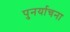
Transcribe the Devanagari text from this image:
पुनर्याचना